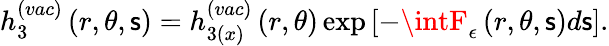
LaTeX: h_{3}^{(vac)}\left(r,\theta,\mathsf{s}\right)=h_{3(x)}^{(vac)}\left(r,\theta\right)\exp\left[-\intF_{\epsilon}\left(r,\theta,\mathsf{s}\right)d\mathsf{s}\right].